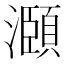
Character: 㶊